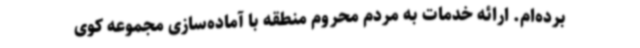
برده‌ام. ارائه خدمات به مردم محروم منطقه با آماده‌سازی مجموعه کوی